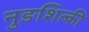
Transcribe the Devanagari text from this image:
नुङशित्की